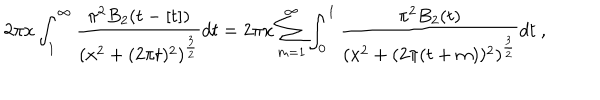
LaTeX: 2 \pi x \int _ { 1 } ^ { \infty } { \frac { \pi ^ { 2 } B _ { 2 } ( t - [ t ] ) } { ( x ^ { 2 } + ( 2 \pi t ) ^ { 2 } ) ^ { { \frac { 3 } { 2 } } } } } d t = 2 \pi x \sum _ { m = 1 } ^ { \infty } \int _ { 0 } ^ { 1 } { \frac { \pi ^ { 2 } B _ { 2 } ( t ) } { ( x ^ { 2 } + ( 2 \pi ( t + m ) ) ^ { 2 } ) ^ { { \frac { 3 } { 2 } } } } } d t \ ,